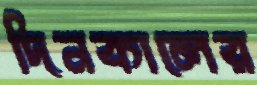
দিনকালের